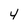
Character: 4